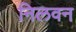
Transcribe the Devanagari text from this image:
निलवन